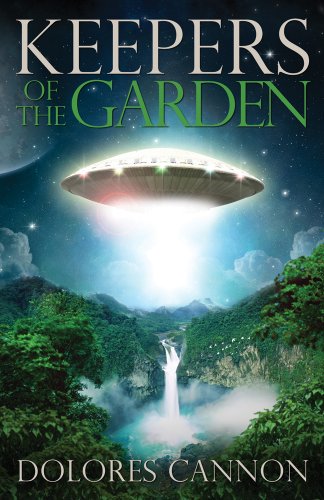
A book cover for Keepers of the Garden; Dolores Cannon; Science & Math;